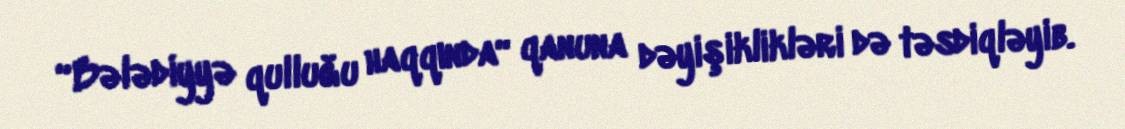
“Bələdiyyə qulluğu haqqında“ qanuna dəyişiklikləri də təsdiqləyib.